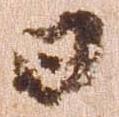
日